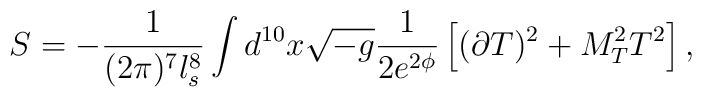
S=-\frac{1}{(2\pi)^7l_s^8}\int d^{10}x\sqrt{-g}\frac{1}{2e^{2\phi}}\left[(\partial T)^2+M_T^2T^2\right],